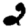
Digit: 2